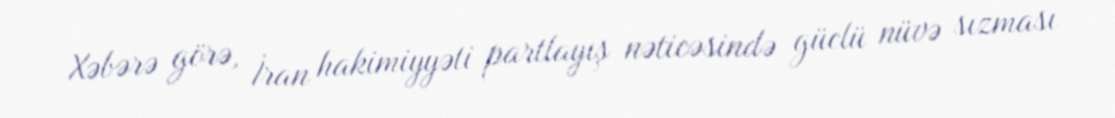
Xəbərə görə, İran hakimiyyəti partlayış nəticəsində güclü nüvə sızması